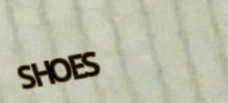
SHOES